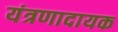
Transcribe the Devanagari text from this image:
यंत्रणादायक